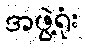
အဖွဲ့ရုံး